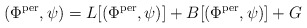
\begin{align*} (\Phi^{\rm per},\psi) = L[(\Phi^{\rm per},\psi)] + B[(\Phi^{\rm per},\psi)] + G\end{align*}